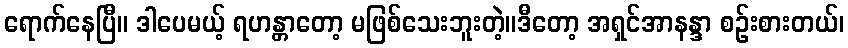
ရောက်နေပြီ။ ဒါပေမယ့် ရဟန္တာတော့ မဖြစ်သေးဘူးတဲ့။ဒီတော့ အရှင်အာနန္ဒာ စဉ်းစားတယ်၊